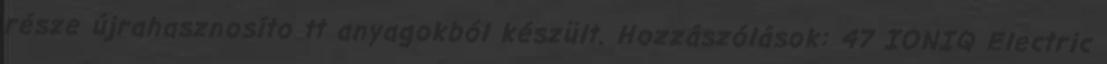
része újrahasznosíto tt anyagokból készült. Hozzászólások: 47 IONIQ Electric